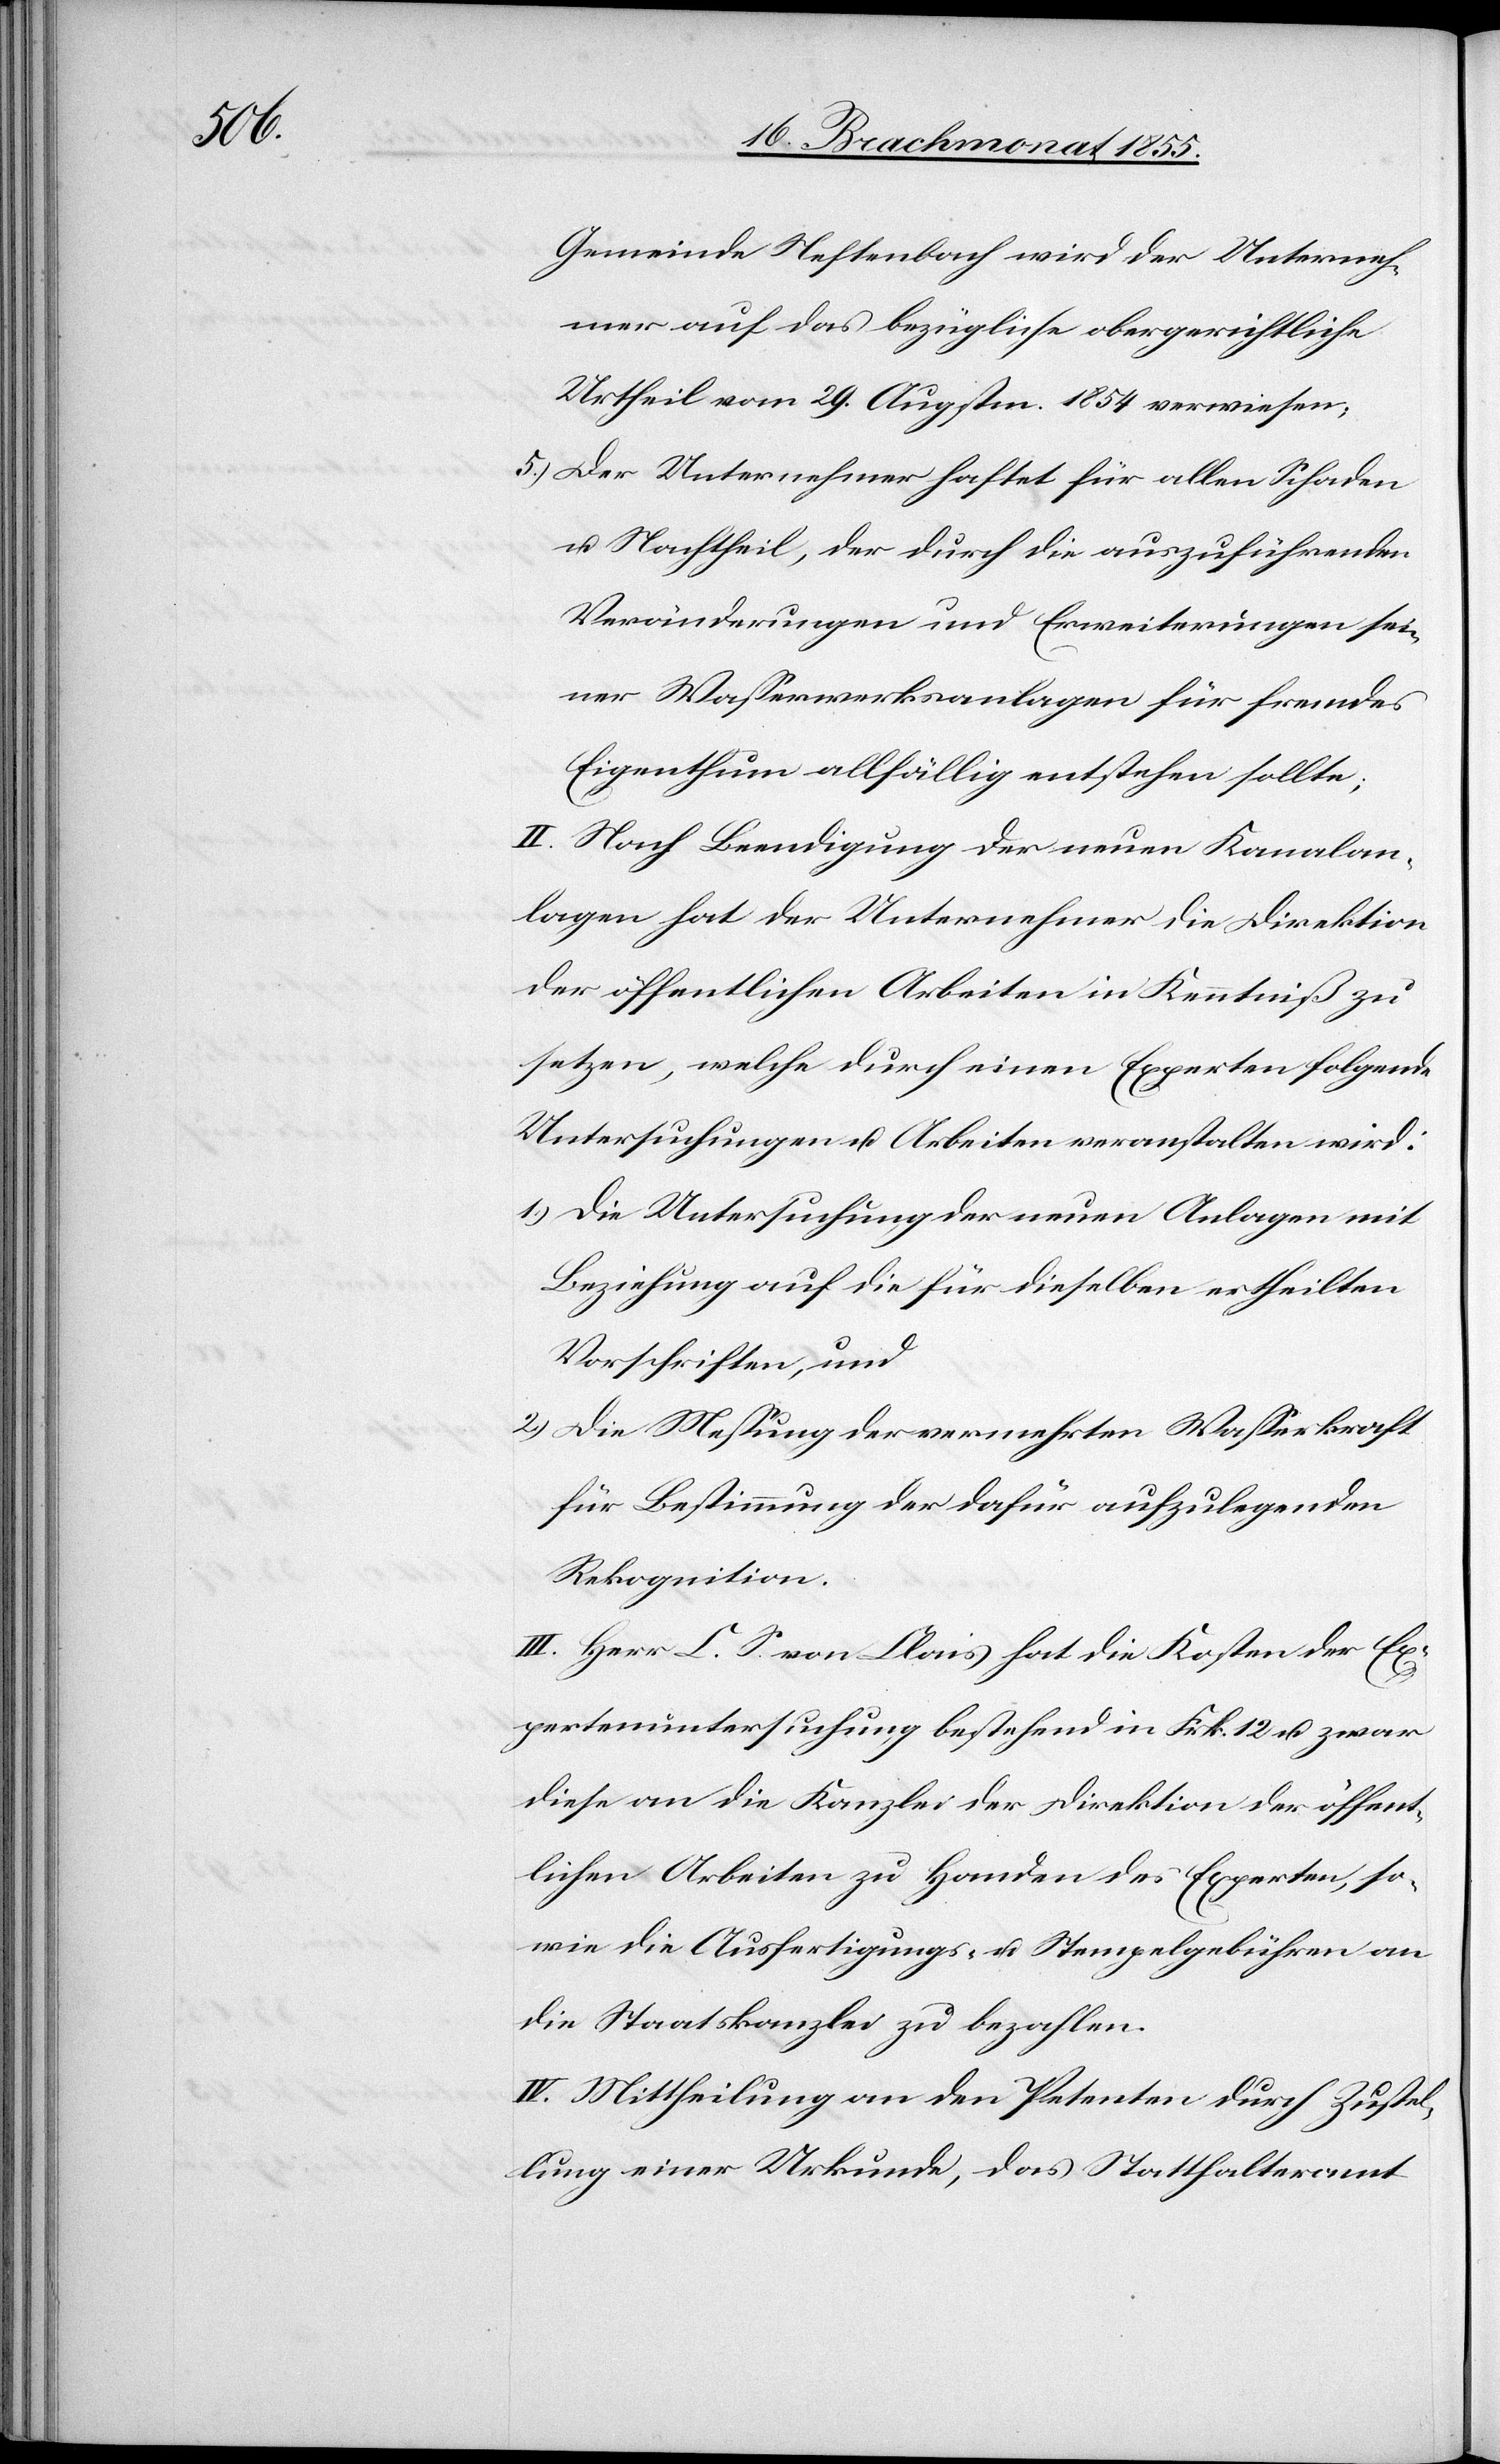
5.)

Gemeinde Neftenbach wird der Unterneh¬
mer auf das bezügliche obergerichtliche
Urtheil vom 29. Augstm. 1854 verwiesen;
Der Unternehmer haftet für allen Schaden
u. Nachtheil, der durch die auszuführenden
Veränderungen und Erweiterungen sei¬
ner Wasserwerksanlagen für fremdes
Eigenthum allfällig entstehen sollte;
II. Nach Beendigung der neuen Kanalan¬
lagen hat der Unternehmer die Direktion
der öffentlichen Arbeiten in Kenntniß zu
setzen, welche durch einen Experten folgende
Untersuchungen u. Arbeiten veranstalten wird:
Die Untersuchung der neuen Anlagen mit
Beziehung auf die für dieselben ertheilten
Vorschriften, und
Die Messung der vermehrten Wasserkraft
für Bestimmung der dafür aufzulegenden
Rekognition.
III. Herr C. S. von Clais hat die Kosten der Ex¬
pertenuntersuchung bestehend in Frk. 12 u. zwar
diese an die Kanzlei der Direktion der öffent¬
lichen Arbeiten zu Handen des Experten, so¬
wie die Ausfertigungs- u. Stempelgebühren an
die Staatskanzlei zu bezahlen.
IV. Mittheilung an den Petenten durch Zustel¬
lung einer Urkunde, das Statthalteramt